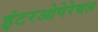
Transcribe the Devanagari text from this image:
इंटरओपेरेबल